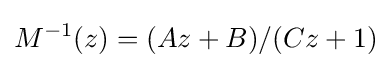
M^{-1}(z)=(Az+B)/(Cz+1)